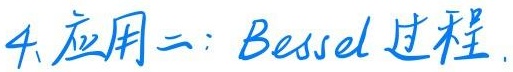
4. 应用二：Bessel 过程.